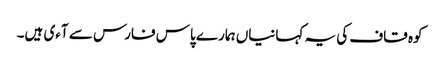
کوہ قاف کی یہ کہانیاں ہمارے پاس فارس سے آءی ہیں۔